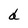
Character: d